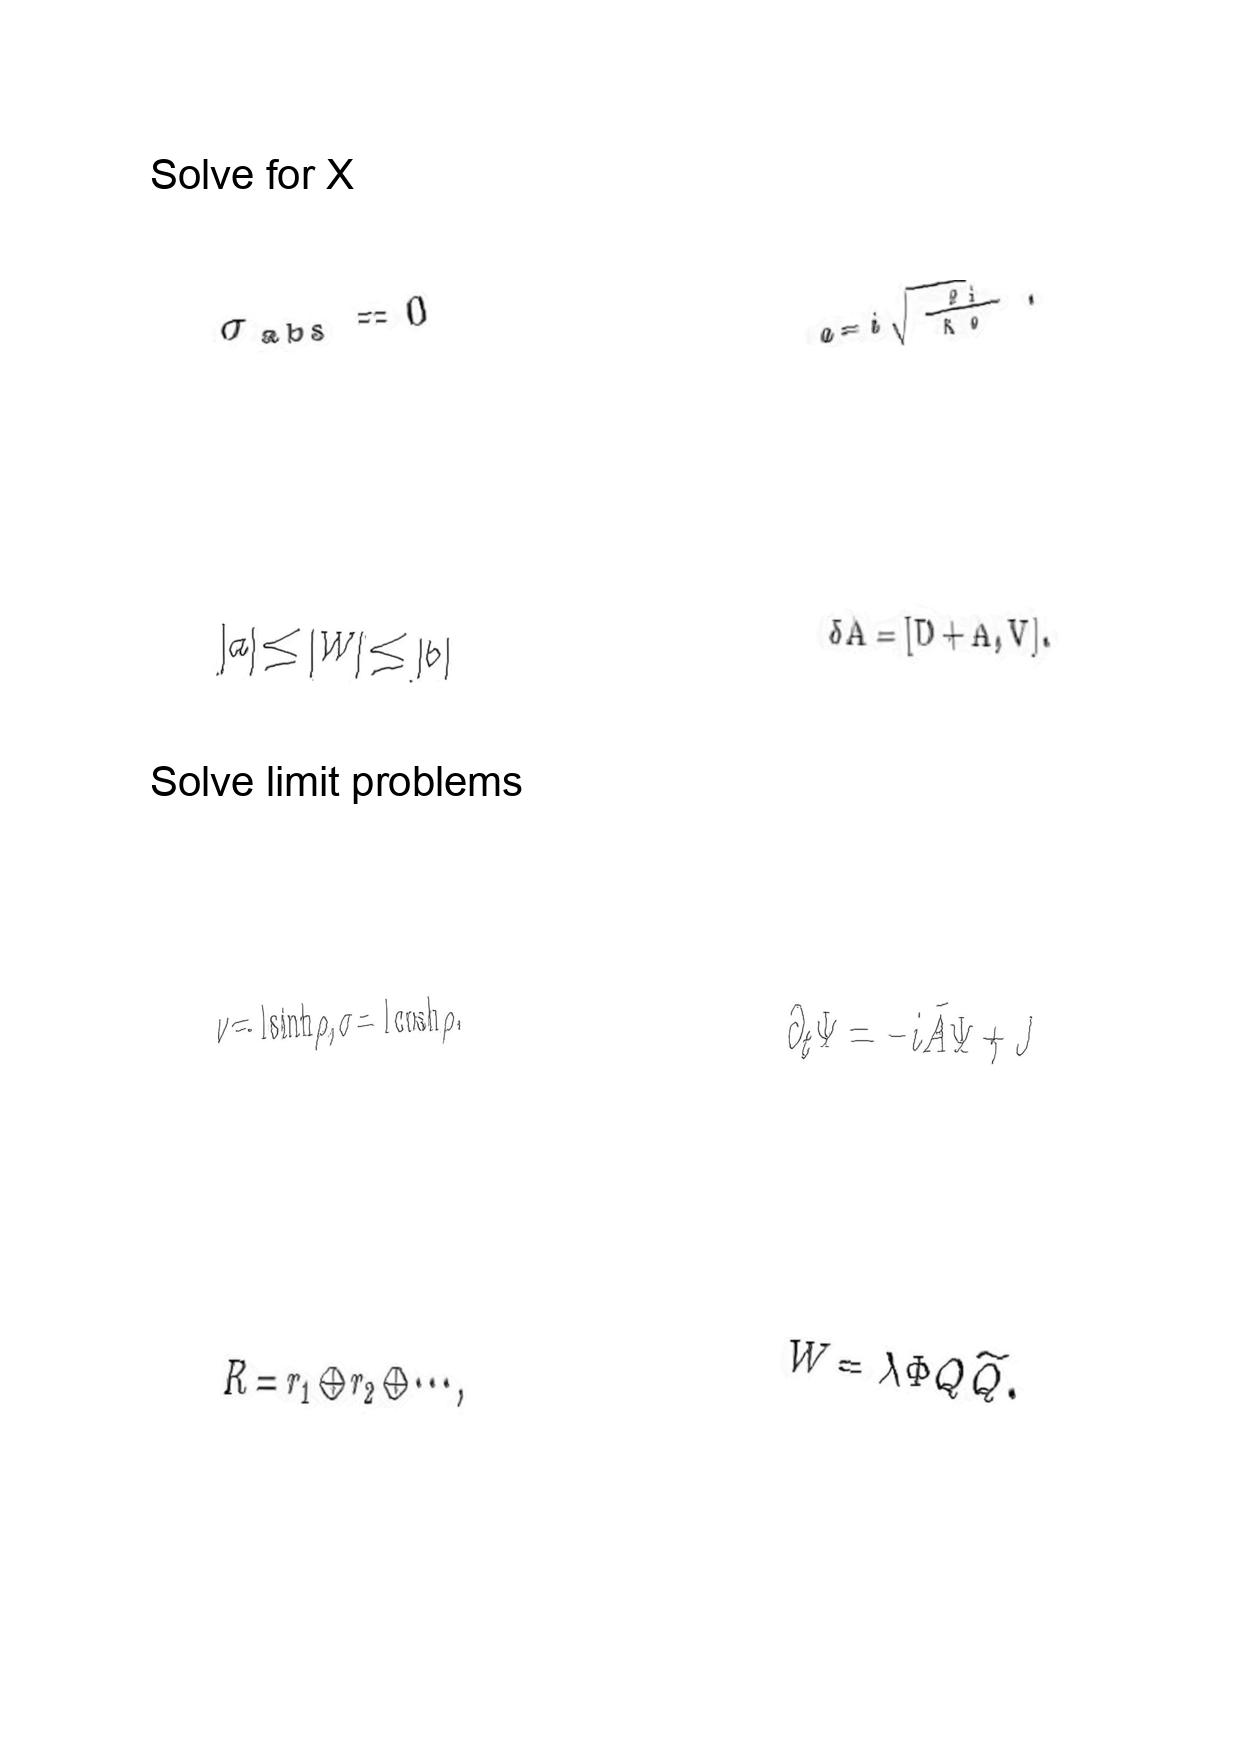
LaTeX transcription:
\sigma _ { \mathrm { a b s } } = 0
\vert a \vert \le \vert W \vert \le \vert b \vert
\nu = l \sinh \rho , \sigma = l \cosh \rho .
R = r _ { 1 } \oplus r _ { 2 } \oplus \@cdots ,
a = i \sqrt { \frac { 2 i } { \kappa _ { 0 } } } .
\delta A = \lbrack D + A , V \rbrack .
\partial _ { t } \Psi = - i \tilde { A } \Psi + J
W = \lambda \Phi Q \tilde { Q } .